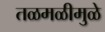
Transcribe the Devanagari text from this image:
तळमळीमुळे